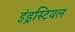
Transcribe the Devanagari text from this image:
इंड्रस्टियल